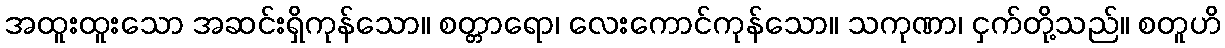
အထူးထူးသော အဆင်းရှိကုန်သော။ စတ္တာရော၊ လေးကောင်ကုန်သော။ သကုဏာ၊ ငှက်တို့သည်။ စတူဟိ